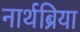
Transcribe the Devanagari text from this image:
नार्थब्रिया